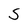
Character: S